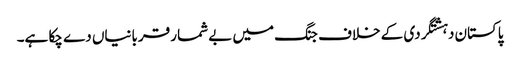
پاکستان دہشتگردی کے خلاف جنگ میں بے شمار قربانیاں دے چکا ہے۔